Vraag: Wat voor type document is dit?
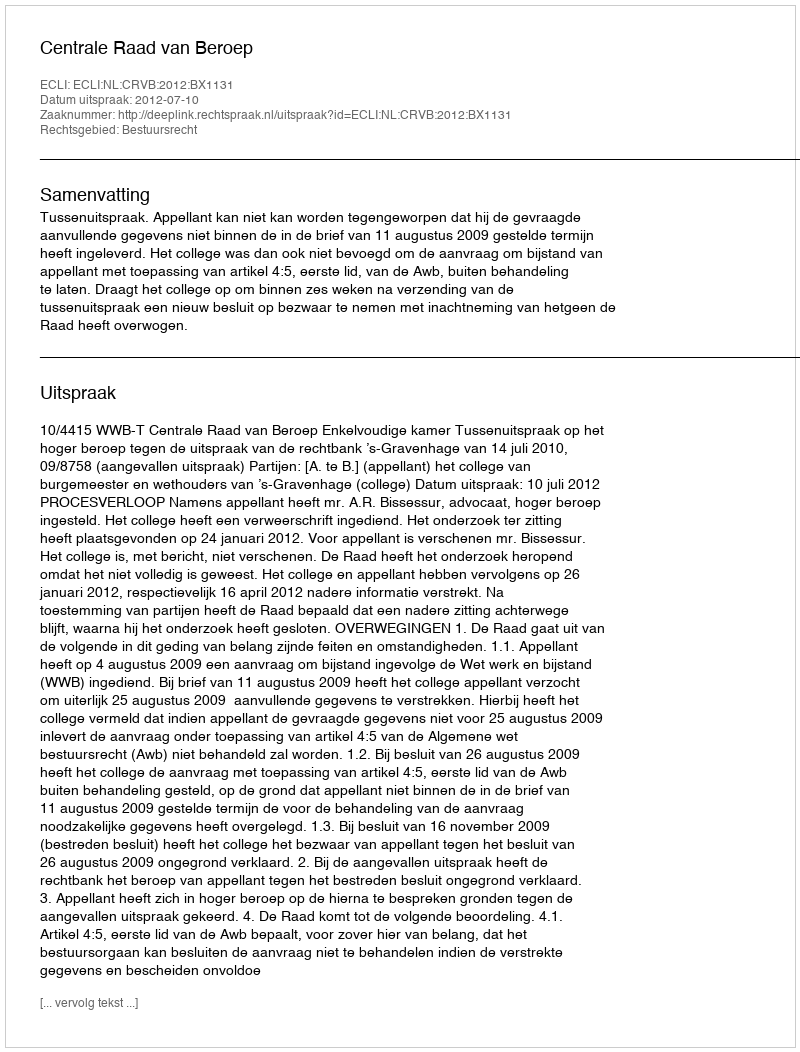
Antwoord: Uitspraak